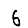
Digit: 6